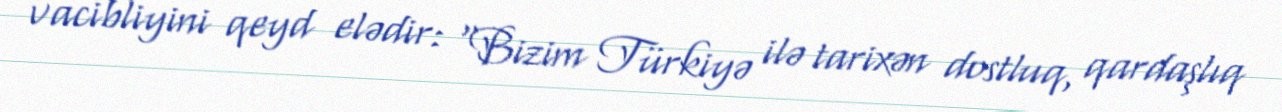
vacibliyini qeyd elədir: “Bizim Türkiyə ilə tarixən dostluq, qardaşlıq